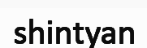
shintyan